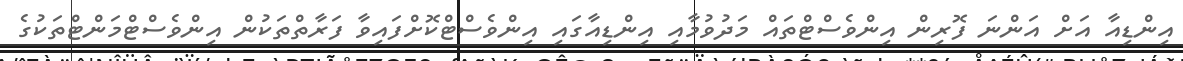
އިންޑިއާ އަށް އަންނަ ފޮރިން އިންވެސްޓްތައް މަދުވުމާއި އިންޑިއާގައި އިންވެސްޓްކޮށްފައިވާ ފަރާތްތަކުން އިންވެސްޓްމަންޓްތަކުގެ